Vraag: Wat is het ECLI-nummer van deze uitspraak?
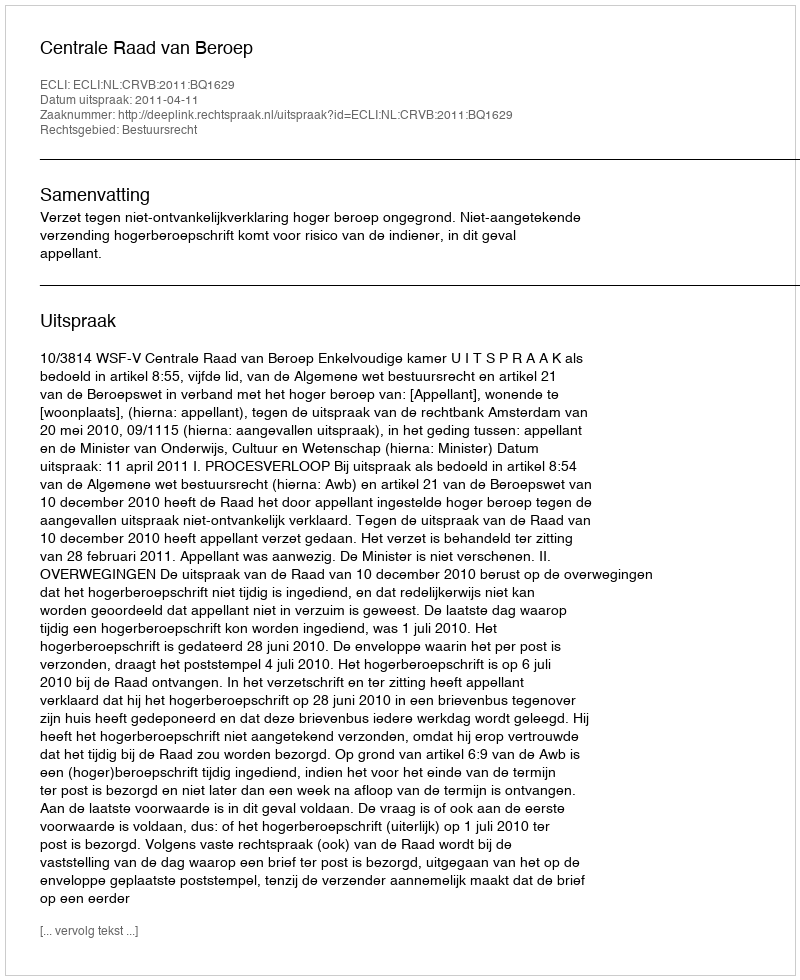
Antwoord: ECLI:NL:CRVB:2011:BQ1629